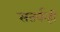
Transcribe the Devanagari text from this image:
सतर्कही